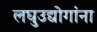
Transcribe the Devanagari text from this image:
लघुउद्योगांना